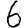
Digit: 6